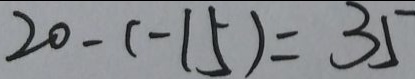
2 0 - ( - 1 5 ) = 3 5